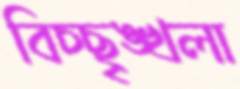
বিচ্ছৃঙ্খলা